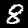
Label: 8